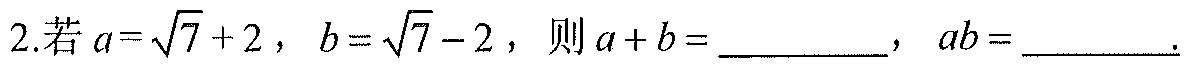
2.若$a = \sqrt{7}+2$，$b = \sqrt{7}-2$，则$a + b =$  ，$ab =$  .